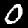
Digit: 0